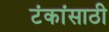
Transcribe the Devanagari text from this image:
टंकांसाठी